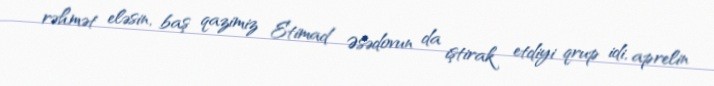
rəhmət eləsin, baş qazimiz Etimad Əsədovun da iştirak etdiyi qrup idi, aprelin